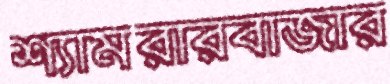
শ্যামরারবাজার